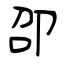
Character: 卲